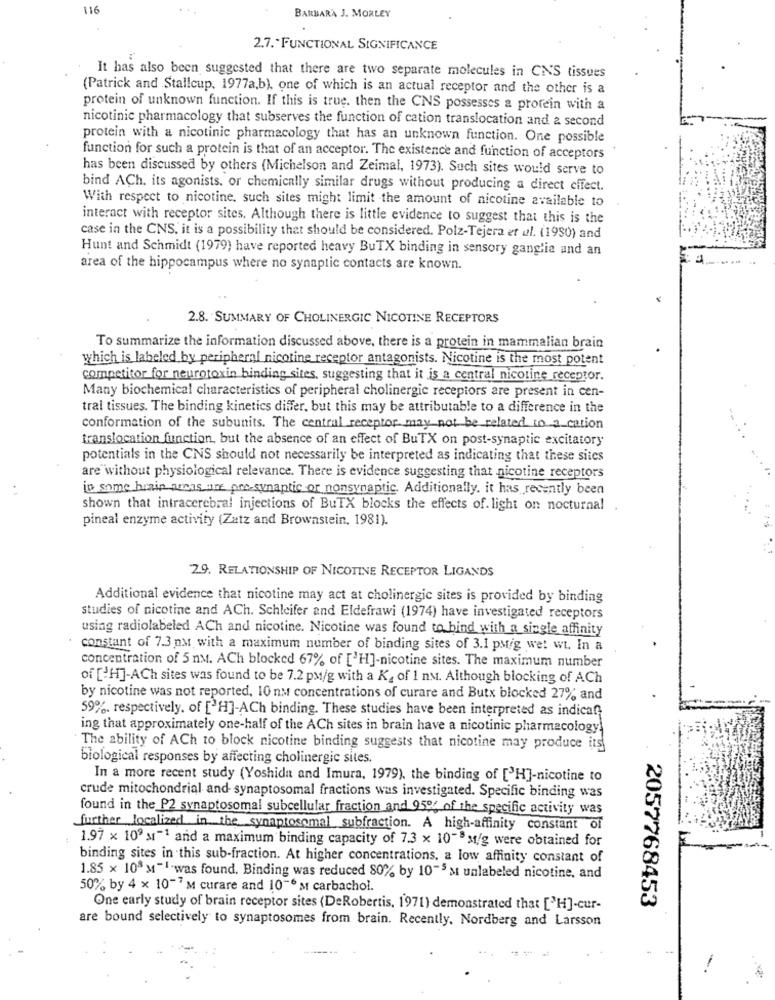
116
BARBARA J. MORLEY
2.7. FUNCTIONAL SIGNIFICANCE
It has also been suggested that there are two separate molecules in CNS tissues
(Patrick and Stallcup, 1977a,b), one of which is an actual receptor and the other is a
protein of unknown function. If this is true. then the CNS possesses a protein with a
nicotinic pharmacology that subserves the function of cation translocation and a second
protein with a nicotinic pharmacology that has an unknown function. One possible
function for such a protein is that of an acceptor. The existence and function of acceptors
has been discussed by others (Michelson and Zeimal, 1973). Such sites would serve to
bind ACh. its agonists. or chemically similar drugs without producing a direct effect.
With respect to nicotine, such sites might limit the amount of nicotine available to
interact with receptor sites. Although there is little evidence to suggest that this is the
case in the CNS, it is a possibility that should be considered. Polz-Tejera et al. (1980) and
Hunt and Schmidt (1979) have reported heavy BuTX binding in sensory ganglia and an
area of the hippocampus where no synaptic contacts are known.
2.8. SUMMARY OF CHOLINERGIC NICOTINE RECEPTORS
To summarize the information discussed above, there is a protein in mammalian brain
which is labeled by peripheral nicotine receptor antagonists. Nicotine is the most potent
competitor for neurotoxin binding sites, suggesting that it is a central nicotine receptor.
Many biochemical characteristics of peripheral cholinergic receptors are present in cen-
tral tissues. The binding kinetics differ, but this may be attributable to a difference in the
conformation of the subunits. The central receptor may not be related to a cation
translocation function, but the absence of an effect of BuTX on post-synaptic excitatory
potentials in the CNS should not necessarily be interpreted as indicating that these sites
are without physiological relevance. There is evidence suggesting that nicotine receptors
.1
in some brain areas are pre-synaptic or nonsynaptic. Additionally. it has recently been
shown that intracerebral injections of BuTX blocks the effects of. light on nocturnal
pineal enzyme activity (Zatz and Brownstein, 1981).
29. RELATIONSHIP OF NICOTINE RECEPTOR LIGANDS
Additional evidence that nicotine may act at cholinergic sites is provided by binding
studies of nicotine and ACh. Schleifer and Eldefrawi (1974) have investigated receptors
using radiolabeled ACh and nicotine. Nicotine was found to bind with a single affinity
constant of 7.3 pMt with a maximum number of binding sites of 3.1 pstig wet wt. In a
concentration of 5 nM. ACh blocked 67% of ['H]-nicotine sites. The maximum number
of [H]-ACh sites was found to be 7.2 pm/g with a K2 of 1 nM. Although blocking of ACh
by nicotine was not reported, 10 nm concentrations of curare and Butx blocked 27% and
59%, respectively. of ['H]-ACh binding. These studies have been interpreted as indicaf;
ing that approximately one-half of the ACh sites in brain have a nicotinic pharmacology.
The ability of ACh to block nicotine binding suggests that nicotine may produce its
biological responses by affecting cholinergic sites.
In a more recent study (Yoshida and Imura, 1979). the binding of [ H]-nicotine to
crude mitochondrial and synaptosomal fractions was investigated. Specific binding was
found in the P2 synaptosomal subcellular fraction and 95% of the specific activity was
further localized in the synaptosomal subfraction. A high-affinity constant of
1.97 x 109 x1-1 and a maximum binding capacity of 7.3 x 10-8M/g were obtained for
binding sites in this sub-fraction. At higher concentrations, a low affinity constant of
1.85 × 108 M-1.was found. Binding was reduced 80% by 10-5 Mt unlabeled nicotine, and
50% by 4 x 10-7 M curare and 10-6 st carbachol.
2057768453
One early study of brain receptor sites (DeRobertis, 1971) demonstrated that ['H]-cur-
are bound selectively to synaptosomes from brain. Recently. Nordberg and Larsson